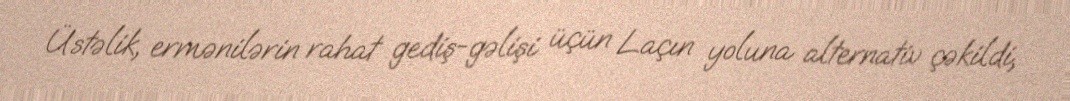
Üstəlik, ermənilərin rahat gediş-gəlişi üçün Laçın yoluna alternativ çəkildi,